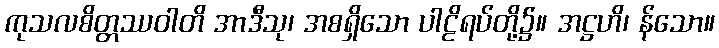
ကုသလစိတ္တဿဝါတိ အာဒီသု၊ အစရှိသော ပါဠိရပ်တို့၌။ အဋ္ဌဟိ၊ န်သော။